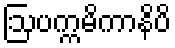
ဩပက္ကမိကာနိပိ